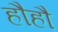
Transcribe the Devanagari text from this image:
हौहौ